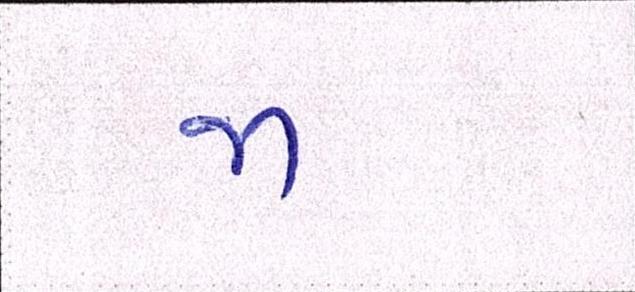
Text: જા